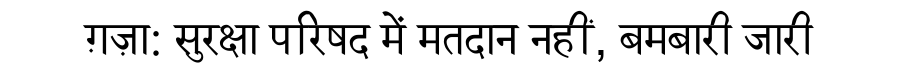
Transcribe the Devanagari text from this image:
ग़ज़ा: सुरक्षा परिषद में मतदान नहीं, बमबारी जारी